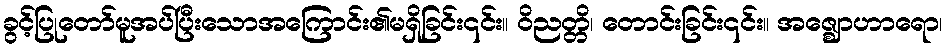
ခွင့်ပြုတော်မူအပ်ပြီးသောအကြောင်း၏မရှိခြင်း၎င်း။ ဝိညတ္တိ၊ တောင်းခြင်း၎င်း။ အဇ္ဈောဟာရော၊